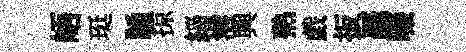
峿珽誦掠緇港興熟戯扳覊啜